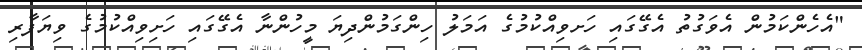
"އެހެންކަމުން އެވަގުތު އެގޭގައި ހަށވިއްކުމުގެ އަމަލު ހިންގަމުންދިޔަ މީހުންނާ އެގޭގައި ހަށިވިއްކުމުގެ ވިޔަފާރި